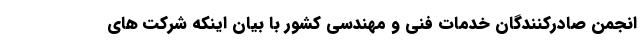
انجمن صادرکنندگان خدمات فنی و مهندسی کشور با بیان اینکه شرکت های